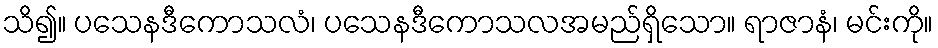
သိ၍။ ပသေနဒီကောသလံ၊ ပသေနဒီကောသလအမည်ရှိသော။ ရာဇာနံ၊ မင်းကို။